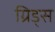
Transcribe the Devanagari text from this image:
ग्रिड्स